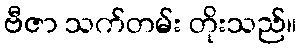
ဗီဇာ သက်တမ်း တိုးသည်။